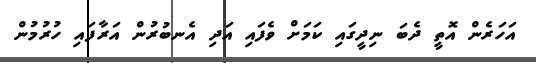
އަހަރެން އޮތީ ދެބަ ނިދީގައި ކަމަށް ވެފައި އަދި އެނބުރުން އަރާފައި ހުރުމުން